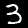
Label: 3